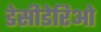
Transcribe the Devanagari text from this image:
डेसीडेरिओ